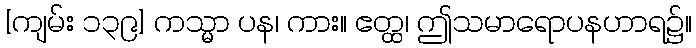
[ကျမ်း ၁၃၉] ကသ္မာ ပန၊ ကား။ ဧတ္ထ၊ ဤသမာရောပနဟာရ၌။